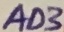
Text: AD3